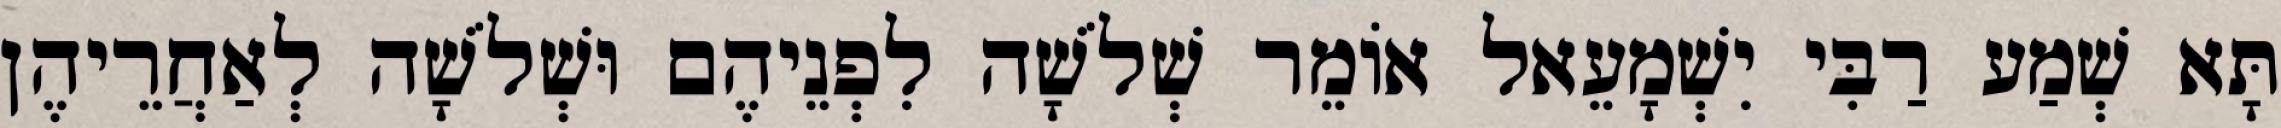
תָּא שְׁמַע רַבִּי יִשְׁמָעֵאל אוֹמֵר שְׁלֹשָׁה לִפְנֵיהֶם וּשְׁלֹשָׁה לְאַחֲרֵיהֶן